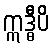
ဣဒ္ဓီပိ